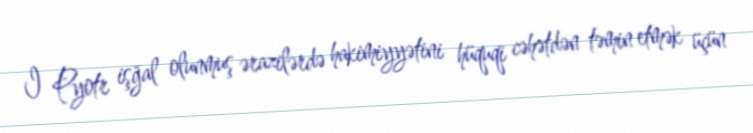
I Pyotr işğal olunmuş ərazilərdə hakimiyyətini hüquqi cəhətdən təmin etmək üçün